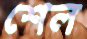
শেল